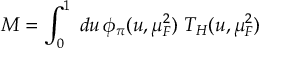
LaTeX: M = \int _ { 0 } ^ { 1 } \; d u \, \phi _ { \pi } ( u , \mu _ { F } ^ { 2 } ) \; T _ { H } ( u , \mu _ { F } ^ { 2 } )